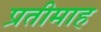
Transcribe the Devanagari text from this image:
प्रतीमाह